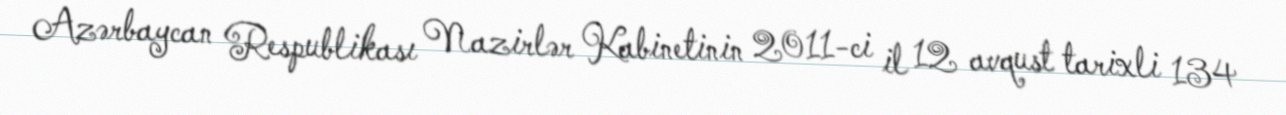
Azərbaycan Respublikası Nazirlər Kabinetinin 2011-ci il 12 avqust tarixli 134